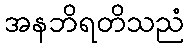
အနဘိရတိသညံ